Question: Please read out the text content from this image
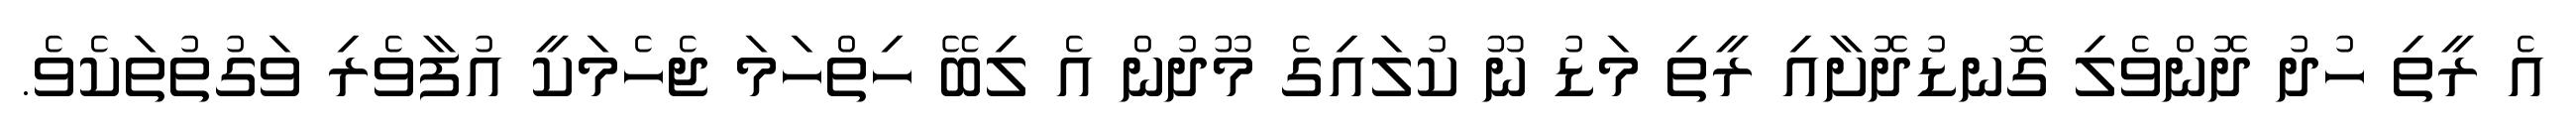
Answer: އެ ރީތި ހުދު ދޮންވެލި ގޮނޑުދޮށާއި ރީތި މަޑު ނޫ ކުލައިގެ މޫދުން އެ ލިބޭ ހިތްހަމަ ޖެހެމަކީ އުފާވެރި ވަގުތުތަކެވެ.